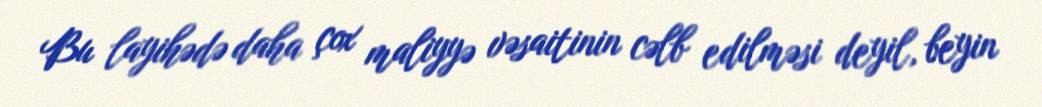
Bu layihədə daha çox maliyyə vəsaitinin cəlb edilməsi deyil, beyin